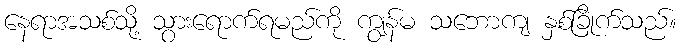
နေရာအသစ်သို့ သွားရောက်ရမည်ကို ကျွန်မ သဘောကျ နှစ်ခြိုက်သည်။